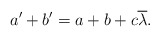
\begin{align*} a'+b' = a + b + c\overline{\lambda}. \end{align*}